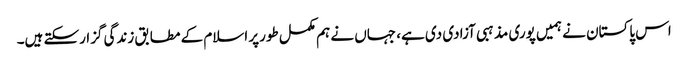
اس پاکستان نے ہمیں پوری مذہبی آزادی دی ہے، جہاں نے ہم مکمل طورپر اسلام کے مطابق زندگی گزارسکتے ہیں۔